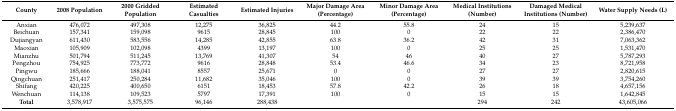
| County | 2008 Population | 2000 Gridded Population | Estimated Casualties | Estimated Injuries | Major Damage Area (Percentage) | Minor Damage Area (Percentage) | Medical Institutions (Number) | Damaged Medical Institutions (Number) | Water Supply Needs (L) |
 | --- | --- | --- | --- | --- | --- | --- | --- | --- | --- |
 | Anxian | 476,072 | 497,308 | 12,275 | 36,825 | 44.2 | 55.8 | 24 | 15 | 5,239,637 |
 | Beichuan | 157,341 | 159,098 | 9615 | 28,845 | 100 | 0 | 22 | 22 | 2,386,470 |
 | Dujiangyan | 611,430 | 583,556 | 14,285 | 42,855 | 63.8 | 36.2 | 42 | 31 | 7,063,362 |
 | Maoxian | 105,909 | 102,098 | 4399 | 13,197 | 100 | 0 | 25 | 25 | 1,531,470 |
 | Mianzhu | 501,794 | 511,245 | 13,769 | 41,307 | 54 | 46 | 40 | 27 | 5,787,293 |
 | Pengzhou | 754,925 | 773,772 | 9616 | 28,848 | 53.4 | 46.6 | 34 | 23 | 8,721,958 |
 | Pingwu | 185,666 | 188,041 | 8557 | 25,671 | 0 | 0 | 27 | 27 | 2,820,615 |
 | Qingchuan | 251,417 | 250,284 | 11,682 | 35,046 | 100 | 0 | 39 | 39 | 3,754,260 |
 | Shifang | 420,225 | 400,650 | 6151 | 18,453 | 57.8 | 42.2 | 26 | 18 | 4,657,156 |
 | Wenchuan | 114,138 | 109,523 | 5797 | 17,391 | 100 | 0 | 15 | 15 | 1,642,845 |
 | Total | 3,578,917 | 3,575,575 | 96,146 | 288,438 |  |  | 294 | 242 | 43,605,066 |